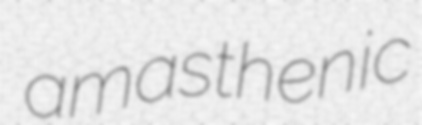
amasthenic